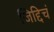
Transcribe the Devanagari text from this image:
जिद्दिचं